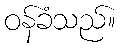
ဝန်ခံသည်။